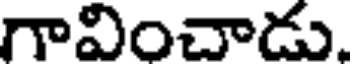
గావించాడు.